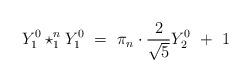
LaTeX: \begin{align*}Y_{1}^{0}\star_{1}^{n}Y_{1}^{0}\ =\ \pi_{n}\cdot\frac{2}{\sqrt{5}}Y_{2}^{0}\ +\ 1 \end{align*}